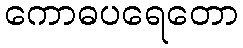
ကောဓပရေတော